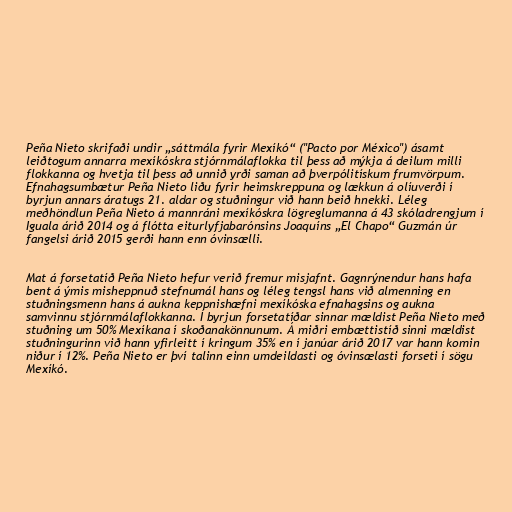
Peña Nieto skrifaði undir „sáttmála fyrir Mexíkó“ ("Pacto por México") ásamt
leiðtogum annarra mexíkóskra stjórnmálaflokka til þess að mýkja á deilum milli
flokkanna og hvetja til þess að unnið yrði saman að þverpólitískum frumvörpum.
Efnahagsumbætur Peña Nieto liðu fyrir heimskreppuna og lækkun á olíuverði í
byrjun annars áratugs 21. aldar og stuðningur við hann beið hnekki. Léleg
meðhöndlun Peña Nieto á mannráni mexíkóskra lögreglumanna á 43 skóladrengjum í
Iguala árið 2014 og á flótta eiturlyfjabarónsins Joaquíns „El Chapo“ Guzmán úr
fangelsi árið 2015 gerði hann enn óvinsælli.

Mat á forsetatíð Peña Nieto hefur verið fremur misjafnt. Gagnrýnendur hans hafa
bent á ýmis misheppnuð stefnumál hans og léleg tengsl hans við almenning en
stuðningsmenn hans á aukna keppnishæfni mexíkóska efnahagsins og aukna
samvinnu stjórnmálaflokkanna. Í byrjun forsetatíðar sinnar mældist Peña Nieto með
stuðning um 50% Mexíkana í skoðanakönnunum. Á miðri embættistíð sinni mældist
stuðningurinn við hann yfirleitt í kringum 35% en í janúar árið 2017 var hann komin
niður í 12%. Peña Nieto er því talinn einn umdeildasti og óvinsælasti forseti í sögu
Mexíkó.